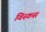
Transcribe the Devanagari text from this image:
विस्कस